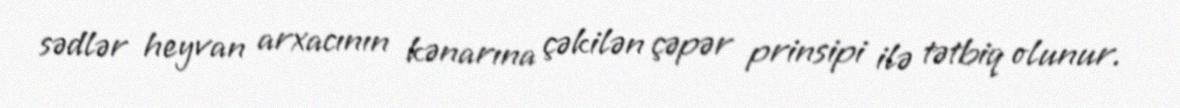
sədlər heyvan arxacının kənarına çəkilən çəpər prinsipi ilə tətbiq olunur.